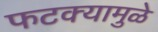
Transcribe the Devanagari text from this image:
फटक्यामुळे